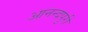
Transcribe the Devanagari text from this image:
आनन्दपुरी